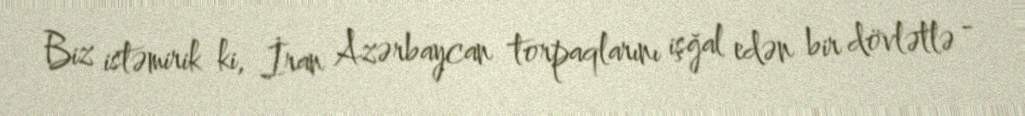
Biz istəmirik ki, İran Azərbaycan torpaqlarını işğal edən bir dövlətlə -